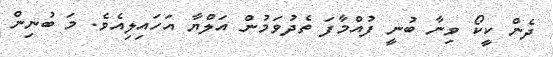
ދެން ކީކޯ ވިނާ ބުނީ ފުއްމާފަ ތެދުވަމުން އަލްޔާ އަހައިލިއެވެ. މަ ބުނިން